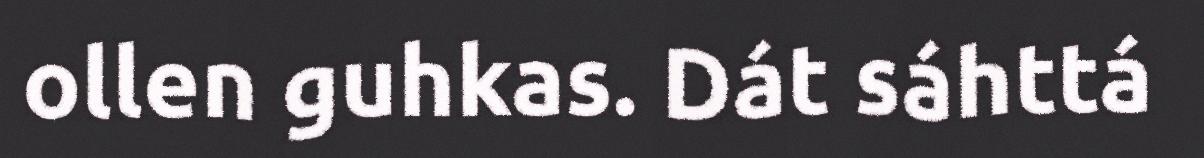
ollen guhkas. Dát sáhttá